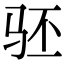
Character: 𬳵